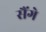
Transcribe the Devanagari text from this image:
सैंगे